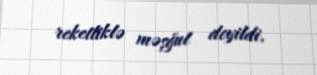
reketliklə məşğul deyildi.